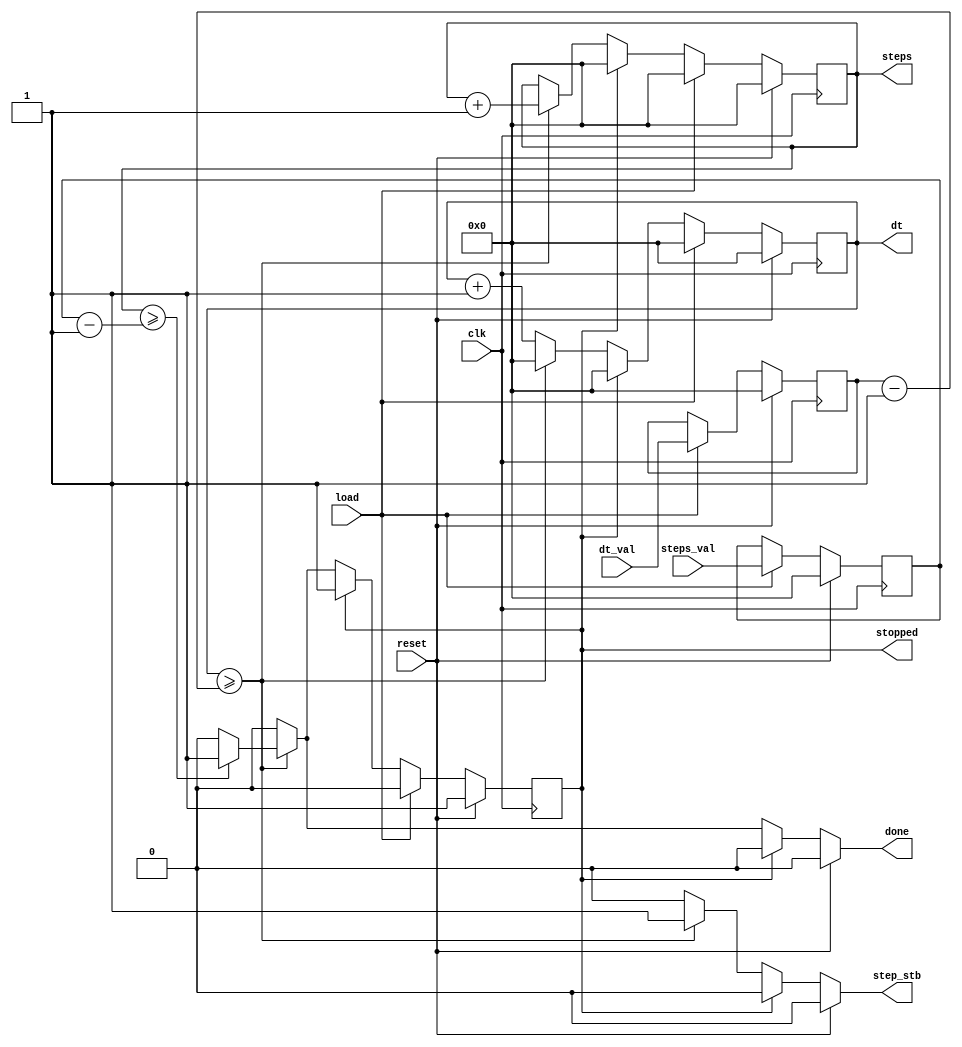
`timescale 1ns / 1ps
//////////////////////////////////////////////////////////////////////////////////
// Company: 
// Engineer: 
// 
// Design Name: 
// Module Name:    acc_step_gen 
// Project Name: 
// Target Devices: 
// Tool versions: 
// Description: 
//
// Dependencies: 
//
// Revision: 
// Revision 0.01 - File Created
// Additional Comments: 
//
//////////////////////////////////////////////////////////////////////////////////
module acc_step_gen(
    input clk,
    input reset,
    input [31:0] dt_val,
    input [31:0] steps_val,
    input load,
    output reg [31:0] steps,
    output reg [31:0] dt,
    output reg stopped,
    output reg step_stb, 	// combinatorial!
    output reg done 		// combinatorial!
    );

reg [31:0] dt_limit;
reg [31:0] steps_limit;

reg [31:0] next_dt;
reg [31:0] next_steps;
reg next_stopped;

always @(posedge clk)
	begin
		if (reset)
			begin
				dt_limit <= 0;
				steps_limit <= 0;
			end
		else if (load)
			begin
				dt_limit <= dt_val;
				steps_limit <= steps_val;
			end
	end
	
always @(load, dt_limit, steps_limit, steps, dt, reset, stopped)
	begin
		if (reset)
			begin
				next_steps <= 0;
				next_dt <= 0;
				next_stopped <= 1;
			end
		else if (load)
			begin
				next_steps <= 0;
				next_dt <= 0;
				next_stopped <= 0;
			end
		else if (stopped)
			begin
				next_steps <= 0;
				next_dt <= 0;
				next_stopped <= 1;
			end
		else
			begin
				next_steps <= steps;
				next_dt <= dt + 1;
				next_stopped <= 0;
				if (dt >= dt_limit - 1)
					begin
						next_dt <= 0;
						next_steps <= steps + 1;
						if (steps >= steps_limit - 1)
							begin
								next_stopped <= 1;
							end
					end
			end
	end

always @(dt_limit, steps_limit, steps, dt, reset, stopped)
	begin
		if (reset)
			begin
				done <= #3 0;
				step_stb <= #3 0;
			end
		else if (stopped)
			begin
				done <= #3 0;
				step_stb <= #3 0;
			end
		else
			begin
				done <= #3 0;
				step_stb <= #3 0;
				if (dt >= dt_limit - 1)
					begin
						step_stb <= #3 1;
						if (steps >= steps_limit - 1)
							begin
								done <= #3 1;
							end
					end
			end
	end

always @(posedge clk)
	begin
		dt <= next_dt;
		steps <= next_steps;
		stopped <= next_stopped;
	end

endmodule